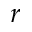
r